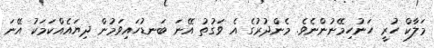
މަލާކް ހުރީ ހަނުހިމޭނުންނެވެ. މެންދުރުގެ އެ ވަގުތު އޭނަ ބަނޑުހައިވަމުން ދިޔައެއްކަމަކު އޭނަ